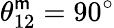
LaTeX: \theta_{12}^{\mathsf{m}}=90^{\circ}